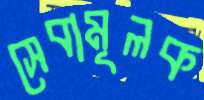
সেবামূলক